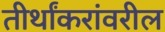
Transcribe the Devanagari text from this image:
तीर्थांकरांवरील